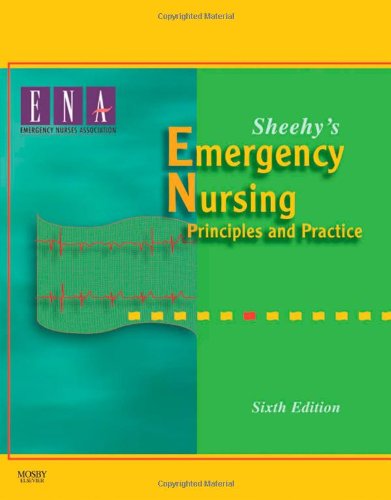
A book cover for Sheehy's Emergency Nursing: Principles and Practice, 6th Edition; Medical Books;